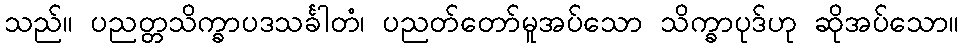
သည်။ ပညတ္တသိက္ခာပဒသင်္ခါတံ၊ ပညတ်တော်မူအပ်သော သိက္ခာပုဒ်ဟု ဆိုအပ်သော။